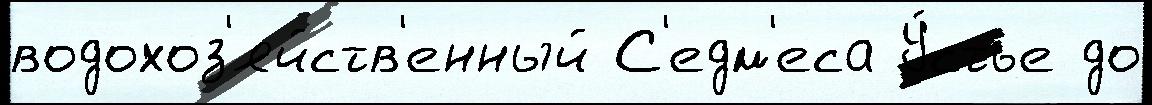
водохоз'яйств'енный С'едм'еса У́стье до